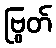
ဗြွတ်